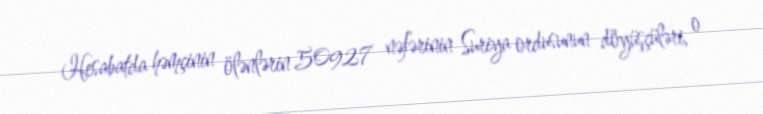
Hesabatda həmçinin ölənlərin 50927 nəfərinin Suriya ordusunun döyüşçüləri, o